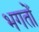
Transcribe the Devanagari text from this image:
भगतोँ